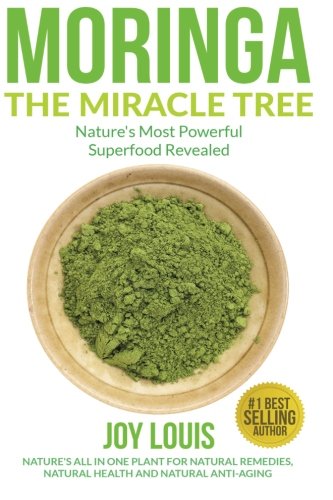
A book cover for Moringa The Miracle Tree: Nature's Most Powerful Superfood Revealed, Nature's All In One Plant for Detox, Natural Weight Loss, Natural Health ... Tea, Coconut Oil, Natural Diet ) (Volume 1); Joy Louis; Health, Fitness & Dieting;